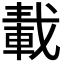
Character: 𨌏